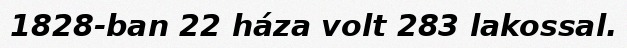
1828-ban 22 háza volt 283 lakossal.